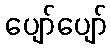
ပျော်ပျော်